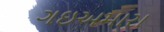
ગઇઅમારા